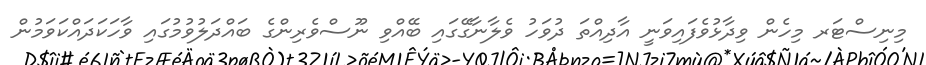
މިނިސްޓަރ މިހެން ވިދާޅުވެފައިވަނީ އާދިއްތަ ދުވަހު ވެލާނާގޭގައި ބޭއްވި ނޫސްވެރިންގެ ބައްދަލުވުމުގައި ވާހަކަދައްކަވަމުން